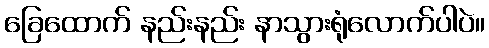
ခြေထောက် နည်းနည်း နာသွားရုံလောက်ပါပဲ။